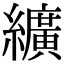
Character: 纊